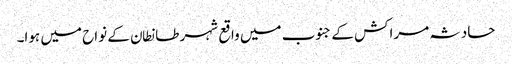
حادثہ مراکش کے جنوب میں واقع شہر طانطان کے نواح میں ہوا۔